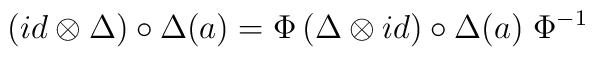
\left( id \otimes \Delta \right) \circ \Delta (a) =\Phi \left(\Delta\otimes id \right) \circ \Delta (a) \;\Phi^{-1}